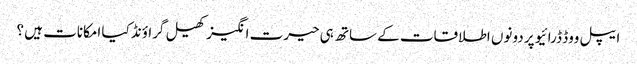
ایپل ووڈ ڈرائیو پر دونوں اطلاقات کے ساتھ ہی حیرت انگیز کھیل گراؤنڈ کیا امکانات ہیں ؟